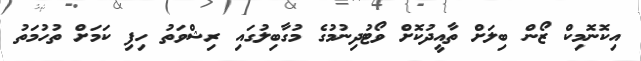
އިކޮނޮމިކް ޒޯން ބިލަށް ތާއީދުކޮށް ވޯޓުދިނުމުގެ މުގާބިލުގައި ރިޝްވަތު ހިފި ކަމަށް ތުހުމަތު